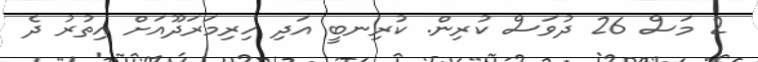
2 މަސް 26 ދުވަސް ކުރިން. ކުރިނބީ އަދި ހިރިމަރަދޫއަށް އިތުރު ދެ